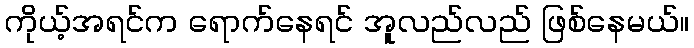
ကိုယ့်အရင်က ရောက်နေရင် အူလည်လည် ဖြစ်နေမယ်။